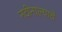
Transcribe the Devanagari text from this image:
नदीनाल्याचे